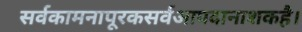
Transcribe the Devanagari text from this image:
सर्वकामनापूरकसर्वआपदानाशकहै।